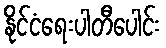
နိုင်ငံရေးပါတီပေါင်း